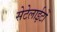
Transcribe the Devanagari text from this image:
सेटेलाईटों